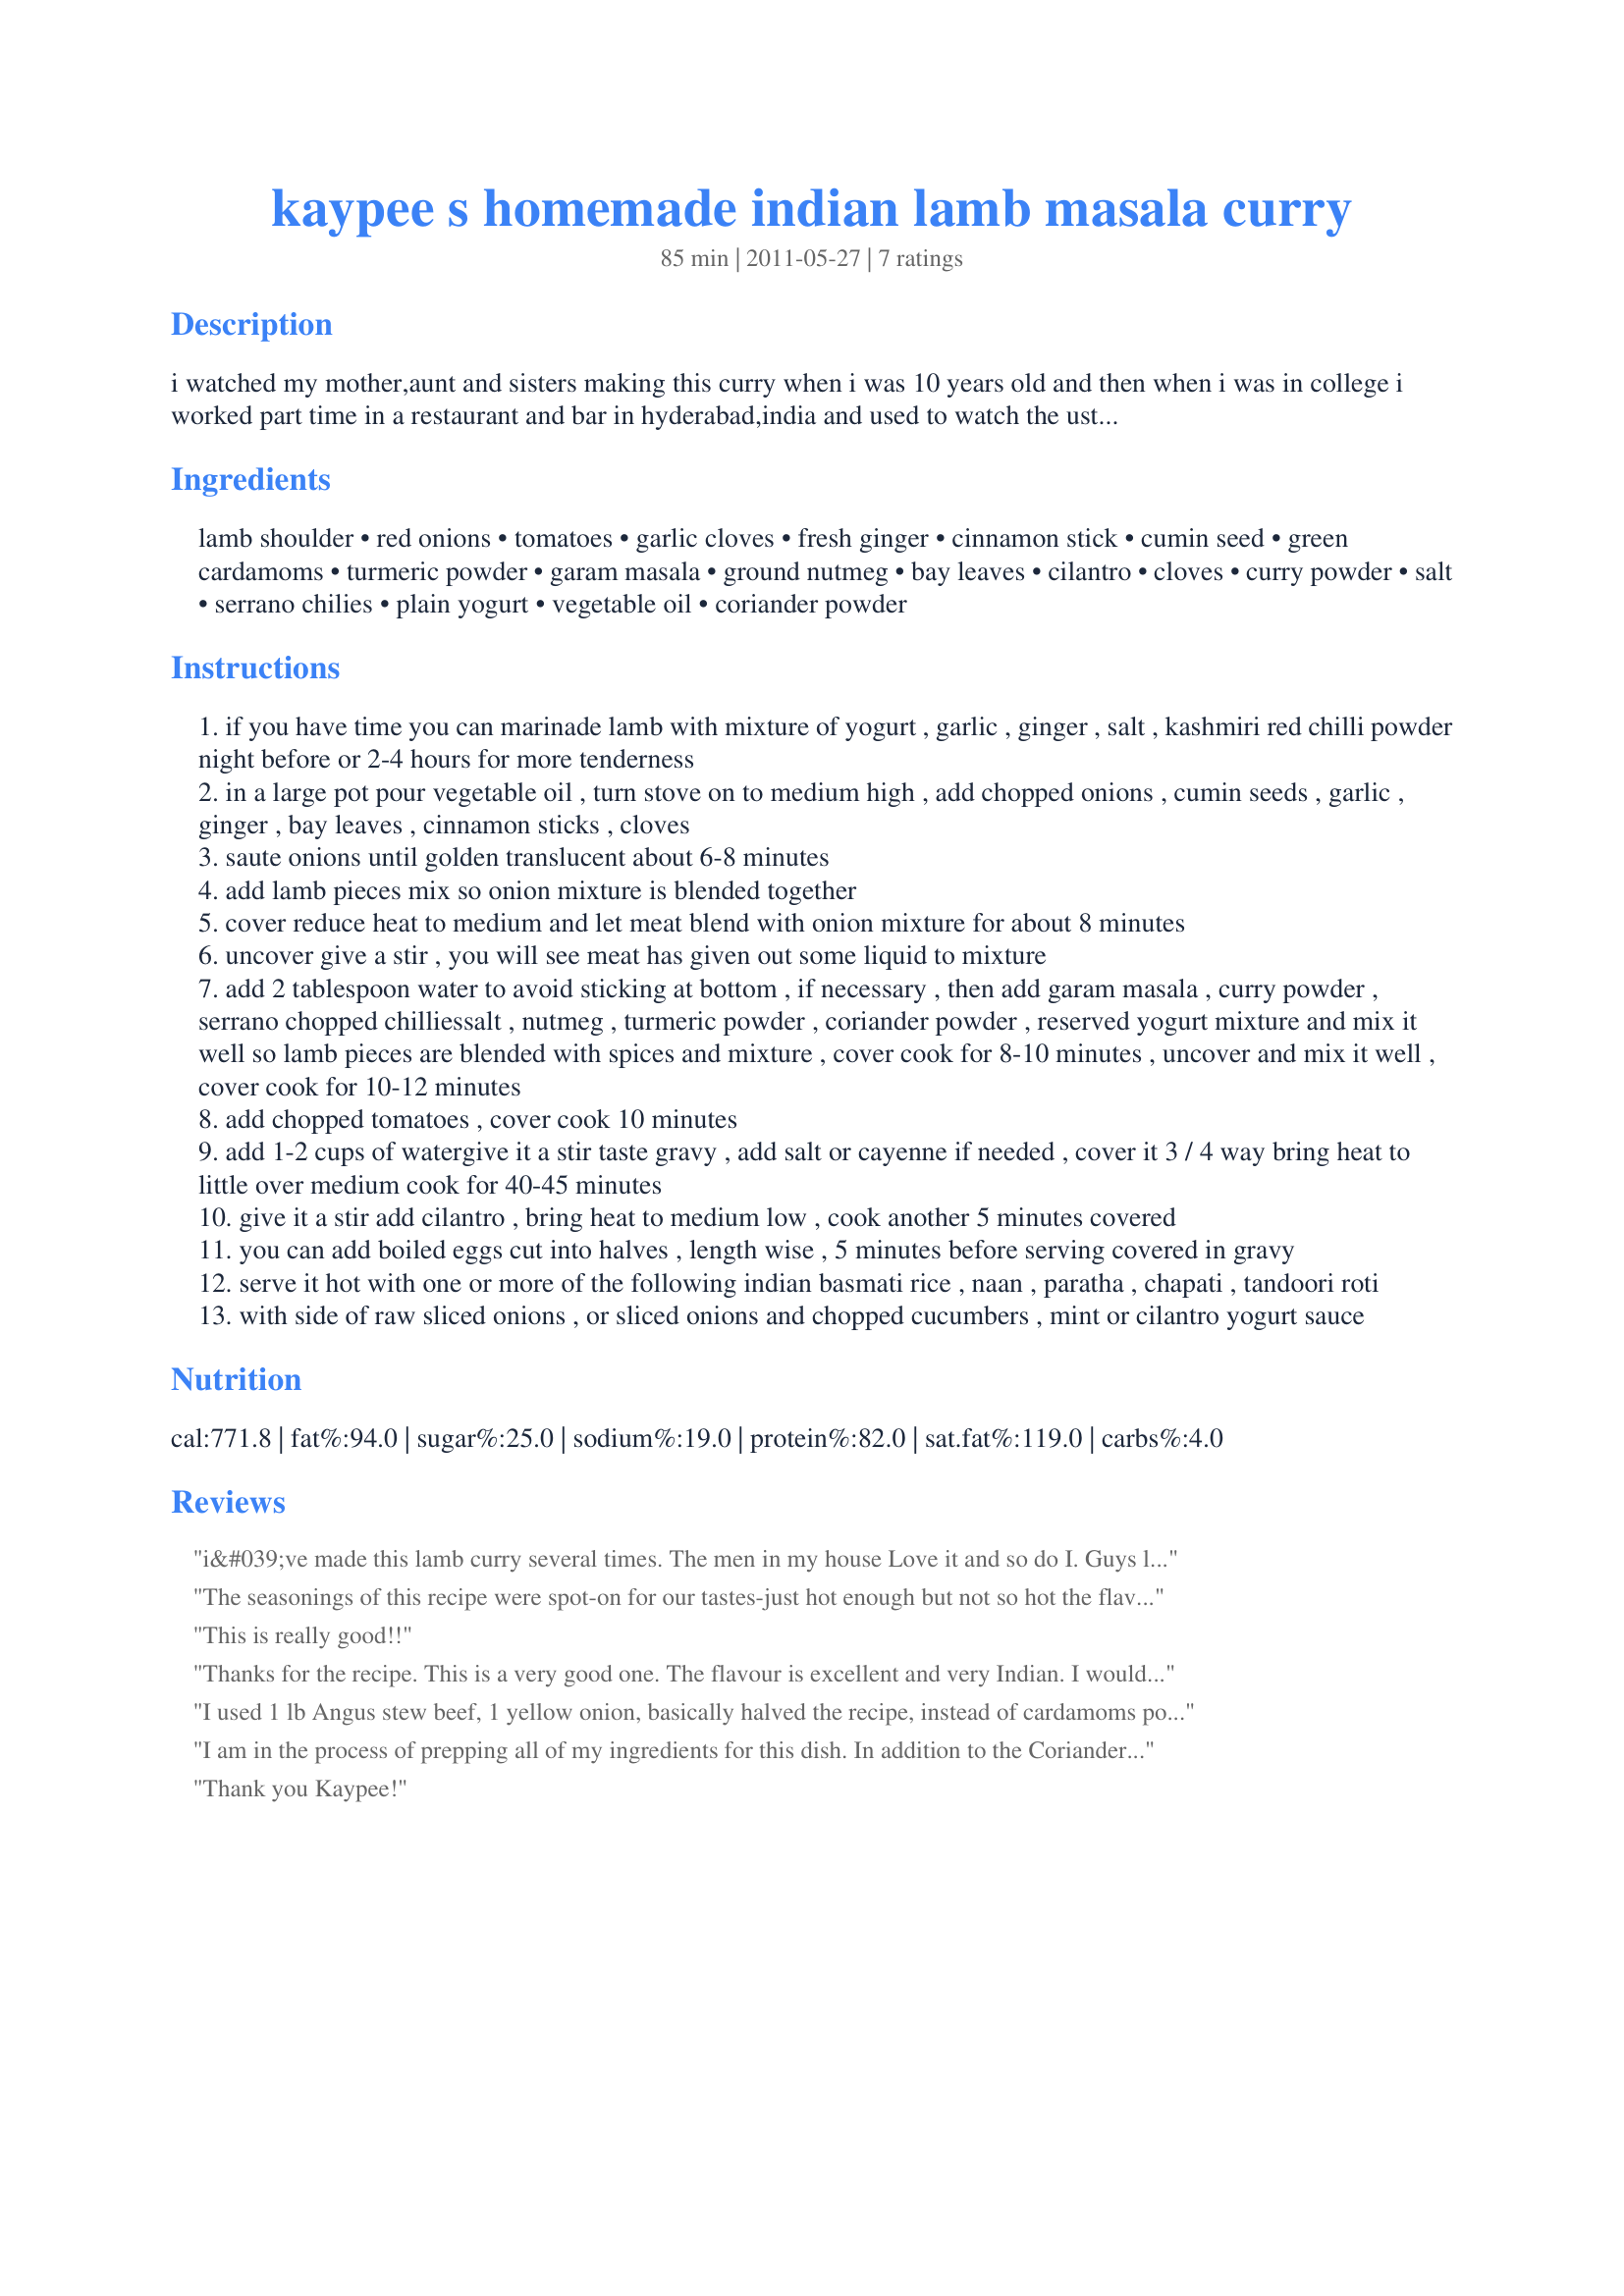
kaypee s homemade indian lamb masala curry
Preparation time: 85 minutes

i watched my mother,aunt and sisters making this curry when i was 10 years old and then when i was in college i worked part time in a restaurant and bar in hyderabad,india and used to watch the ustaad(chef) grind all the herbs and spices in old fashined stone grinder and marinade meat and refrigerate for at least 4 hours before cooking,it came out heavenly delicious and so tender it would melt in your mouth without chewing,i have changed the level of spice to milder side,as in southern part of india the spice level is almost like fire in your mouth.also i have changed some ingredients and some quantity of ingredients.try it,you would want to make this dish part of your every week lunch or dinner.

Ingredients:
lamb shoulder, red onions, tomatoes, garlic cloves, fresh ginger, cinnamon stick, cumin seed, green cardamoms, turmeric powder, garam masala, ground nutmeg, bay leaves, cilantro, cloves, curry powder, salt, serrano chilies, plain yogurt, vegetable oil, coriander powder

Steps:
if you have time you can marinade lamb with mixture of yogurt , garlic , ginger , salt , kashmiri red chilli powder night before or 2-4 hours for more tenderness
in a large pot pour vegetable oil , turn stove on to medium high , add chopped onions , cumin seeds , garlic , ginger , bay leaves , cinnamon sticks , cloves
saute onions until golden translucent about 6-8 minutes
add lamb pieces mix so onion mixture is blended together
cover reduce heat to medium and let meat blend with onion mixture for about 8 minutes
uncover give a stir , you will see meat has given out some liquid to mixture
add 2 tablespoon water to avoid sticking at bottom , if necessary , then add garam masala , curry powder , serrano chopped chilliessalt , nutmeg , turmeric powder , coriander powder , reserved yogurt mixture and mix it well so lamb pieces are blended with spices and mixture , cover cook for 8-10 minutes , uncover and mix it well , cover cook for 10-12 minutes
add chopped tomatoes , cover cook 10 minutes
add 1-2 cups of watergive it a stir taste gravy , add salt or cayenne if needed , cover it 3 / 4 way bring heat to little over medium cook for 40-45 minutes
give it a stir add cilantro , bring heat to medium low , cook another 5 minutes covered
you can add boiled eggs cut into halves , length wise , 5 minutes before serving covered in gravy
serve it hot with one or more of the following indian basmati rice , naan , paratha , chapati , tandoori roti
with side of raw sliced onions , or sliced onions and chopped cucumbers , mint or cilantro yogurt sauce

Reviews:
i&#039;ve made this lamb curry several times. The men in my house Love it and so do I. Guys like extra spicy food and i find this recipe perfect for us. Not too spicy for me but just enough for them.
The seasonings of this recipe were spot-on for our tastes-just hot enough but not so hot the flavours got lost. I used little lamb chops which I marinated for 5 hours and I used Kashmiri chilli powder rather than seranos or cayenne (I love the heat and colour from the Kashmiri chilli powder). I found the directions a bit of a mystery in that I wasn't sure if I should use the yoghurt, ginger and garlic in the ingredients in the marinade, or if I should use extra. I decided against adding more of them and used the stuff from the ingredients list. Coriander powder is mentioned in the method but not in the ingredients list so I used 2 teaspoons. I found it a bit confusing with the ingredients all jumbled up rather than following the order they'd be used in the method. Still, apart from these few critisisms, this is well worthy of 5 stars and I can assure you I'll be making this again really soon.
This is really good!!
Thanks for the recipe. This is a very good one. The flavour is excellent and very Indian. I would suggest doubling the portion of ginger to make it even more Indian. Very good suggestion to eat it with mint yogurt. Excellent recipe!
I used 1 lb Angus stew beef, 1 yellow onion, basically halved the recipe, instead of cardamoms pods I used 1 tea. coriander powder and vanilla low fat yogurt, the beef was like butter and layers of wonderful flavor. Wife wants this at least once a week.....excellent 10 STARS
I am in the process of prepping all of my ingredients for this dish. In addition to the Coriander being mentioned in the adding process, it isn&#039;t on the original ingredients list with the measurement so I headed to the the person in a previous review and will use 2 tsp. Secondly, The Green Cardamom is on the ingredients list, but not in the adding process. I am going to add them to the first process with the onions. I trust this will be good!!!... Okay, mission accomplished! I chose to marinade my partial bone in leg of lamb in the yogurt mixture of four garlic cloves and about a 1&quot;x2&quot; piece of ginger, minced and enough yogurt to mix through meat. I believe it created more liquid when I sauteed. I still added 2 T. of water prior to adding the next batch of spices. I chose to add 2 cups of water because I do like more sauce and I ended up with 3lbs of meat. The sauce was very loose and I wanted to achieve a more cohesive thicker sauce.. I still added the yogurt even though I had yogurt on the meat. After the 30 min. simmering on med-hi heat..the sauce hadn&#039;t reduced enough so I left the lid off and over med. heat reduced it down for about an hour and then continued to simmer it on very low heat with the lid on for another hour or so until the sauce was to the consistency that I desired. I then added the cilantro and continued... This dish turned out very nice. I had the time to simmer and reduce... just take heed, if you choose to marinade the meat in the yogurt.. you may want to stick with just adding 1 cup of water to be within the cooking time. &lt;br/&gt;My hats off to Kaypee!&lt;br/&gt;&lt;br/&gt;&lt;br/&gt;&lt;br/&gt;&lt;br/&gt;&lt;br/&gt;&lt;br/&gt;&lt;br/&gt;&lt;br/&gt;&lt;br/&gt;&lt;br/&gt;&lt;br/&gt;&lt;br/&gt;&lt;br/&gt;&lt;br/&gt;&lt;br/&gt;&lt;br/&gt;&lt;br/&gt;&lt;br/&gt;&lt;br/&gt;&lt;br/&gt;&lt;br/&gt;&lt;br/&gt;&lt;br/&gt;&lt;br/&gt;&lt;br/&gt;&lt;br/&gt;&lt;br/&gt;&lt;br/&gt;&lt;br/&gt;&lt;br/&gt;&lt;br/&gt;&lt;br/&gt;&lt;br/&gt;&lt;br/&gt;&lt;br/&gt;&lt;br/&gt;&lt;br/&gt;&lt;br/&gt;&lt;br/&gt;&lt;br/&gt;&lt;br/&gt;&lt;br/&gt;&lt;br/&gt;&lt;br/&gt;&lt;br/&gt;&lt;br/&gt;&lt;br/&gt;&lt;br/&gt;&lt;br/&gt;&lt;br/&gt;&lt;br/&gt;&lt;br/&gt;&lt;br/&gt;&lt;br/&gt;&lt;br/&gt;&lt;br/&gt;&lt;br/&gt;&lt;br/&gt;&lt;br/&gt;&lt;br/&gt;&lt;br/&gt;&lt;br/&gt;&lt;br/&gt;&lt;br/&gt;&lt;br/&gt;&lt;br/&gt;&lt;br/&gt;&lt;br/&gt;&lt;br/&gt;&lt;br/&gt;&lt;br/&gt;&lt;br/&gt;&lt;br/&gt;&lt;br/&gt;&lt;br/&gt;&lt;br/&gt;&lt;br/&gt;&lt;br/&gt;&lt;br/&gt;&lt;br/&gt;&lt;br/&gt;&lt;br/&gt;&lt;br/&gt;&lt;br/&gt;&lt;br/&gt;&lt;br/&gt;&lt;br/&gt;&lt;br/&gt;&lt;br/&gt;&lt;br/&gt;&lt;br/&gt;&lt;br/&gt;&lt;br/&gt;&lt;br/&gt;&lt;br/&gt;&lt;br/&gt;&lt;br/&gt;&lt;br/&gt;&lt;br/&gt;&lt;br/&gt;&lt;br/&gt;&lt;br/&gt;&lt;br/&gt;&lt;br/&gt;&lt;br/&gt;&lt;br/&gt;&lt;br/&gt;&lt;br/&gt;&lt;br/&gt;&lt;br/&gt;&lt;br/&gt;&lt;br/&gt;&lt;br/&gt;&lt;br/&gt;&lt;br/&gt;&lt;br/&gt;&lt;br/&gt;&lt;br/&gt;&lt;br/&gt;&lt;br/&gt; for 3 hours.
Thank you Kaypee!
